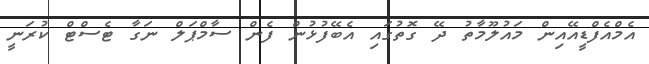
އެމްއެފްޑީއޭއިން މައުލޫމާތު ދޭ ގޮތުގައި އެބޭފުޅުން ފެން ސާމްޕަލް ނަގާ ޓެސްޓް ކުރަނީ